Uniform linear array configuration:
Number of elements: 32
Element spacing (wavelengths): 0.5
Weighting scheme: blackman
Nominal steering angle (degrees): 60
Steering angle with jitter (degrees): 59.392
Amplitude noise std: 0.05
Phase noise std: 0.05

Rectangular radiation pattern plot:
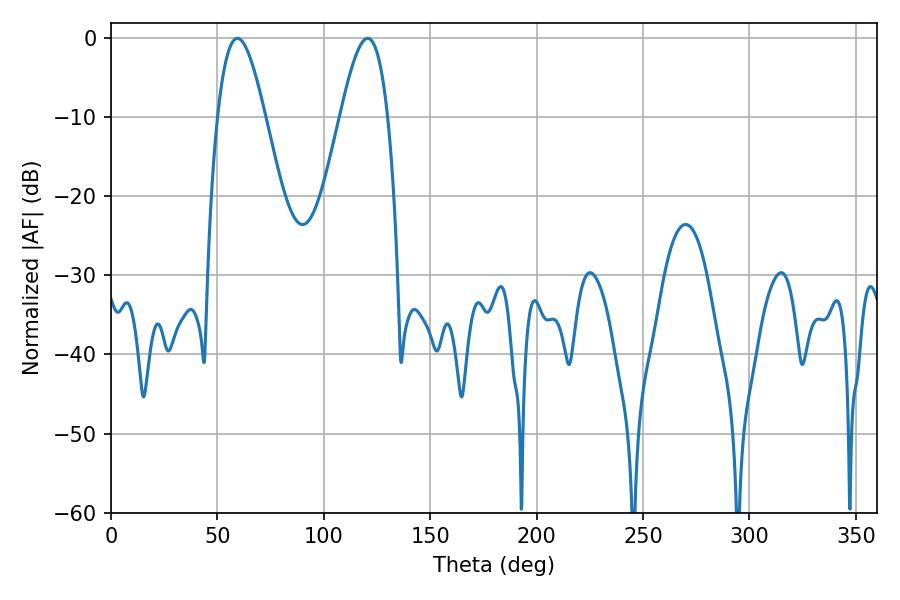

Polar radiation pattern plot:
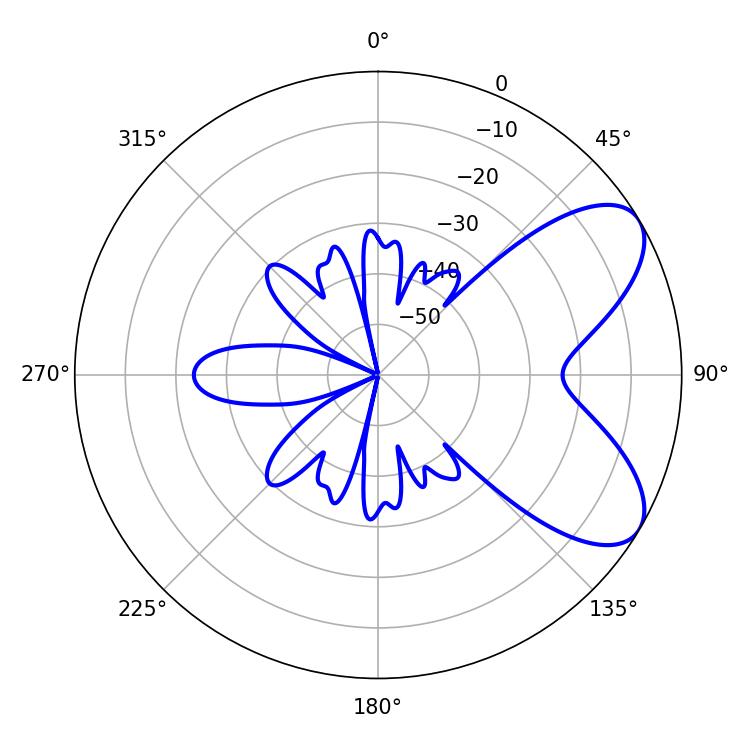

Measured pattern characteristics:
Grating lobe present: FALSE
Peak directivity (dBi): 6.997
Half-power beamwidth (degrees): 12.06
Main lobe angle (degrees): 59.4